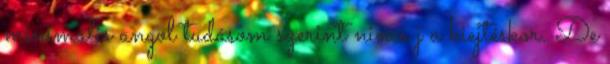
minimális angol tudásom szerint nincs j a kiejtéskor. De